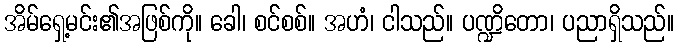
အိမ်ရှေ့မင်း၏အဖြစ်ကို။ ခေါ၊ စင်စစ်။ အဟံ၊ ငါသည်။ ပဏ္ဍိတော၊ ပညာရှိသည်။